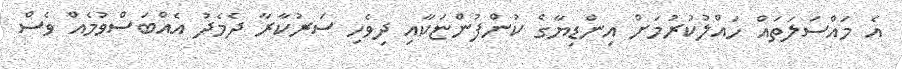
އެ މައްސަލަތައް ހައްލުކުރުމަށް އިންޑިޔާގެ ކުންފުންޏަކާއި ދިވެހި ސަރުކާރާ ދެމެދު އެއްބަސްވުމެއް ވެސް